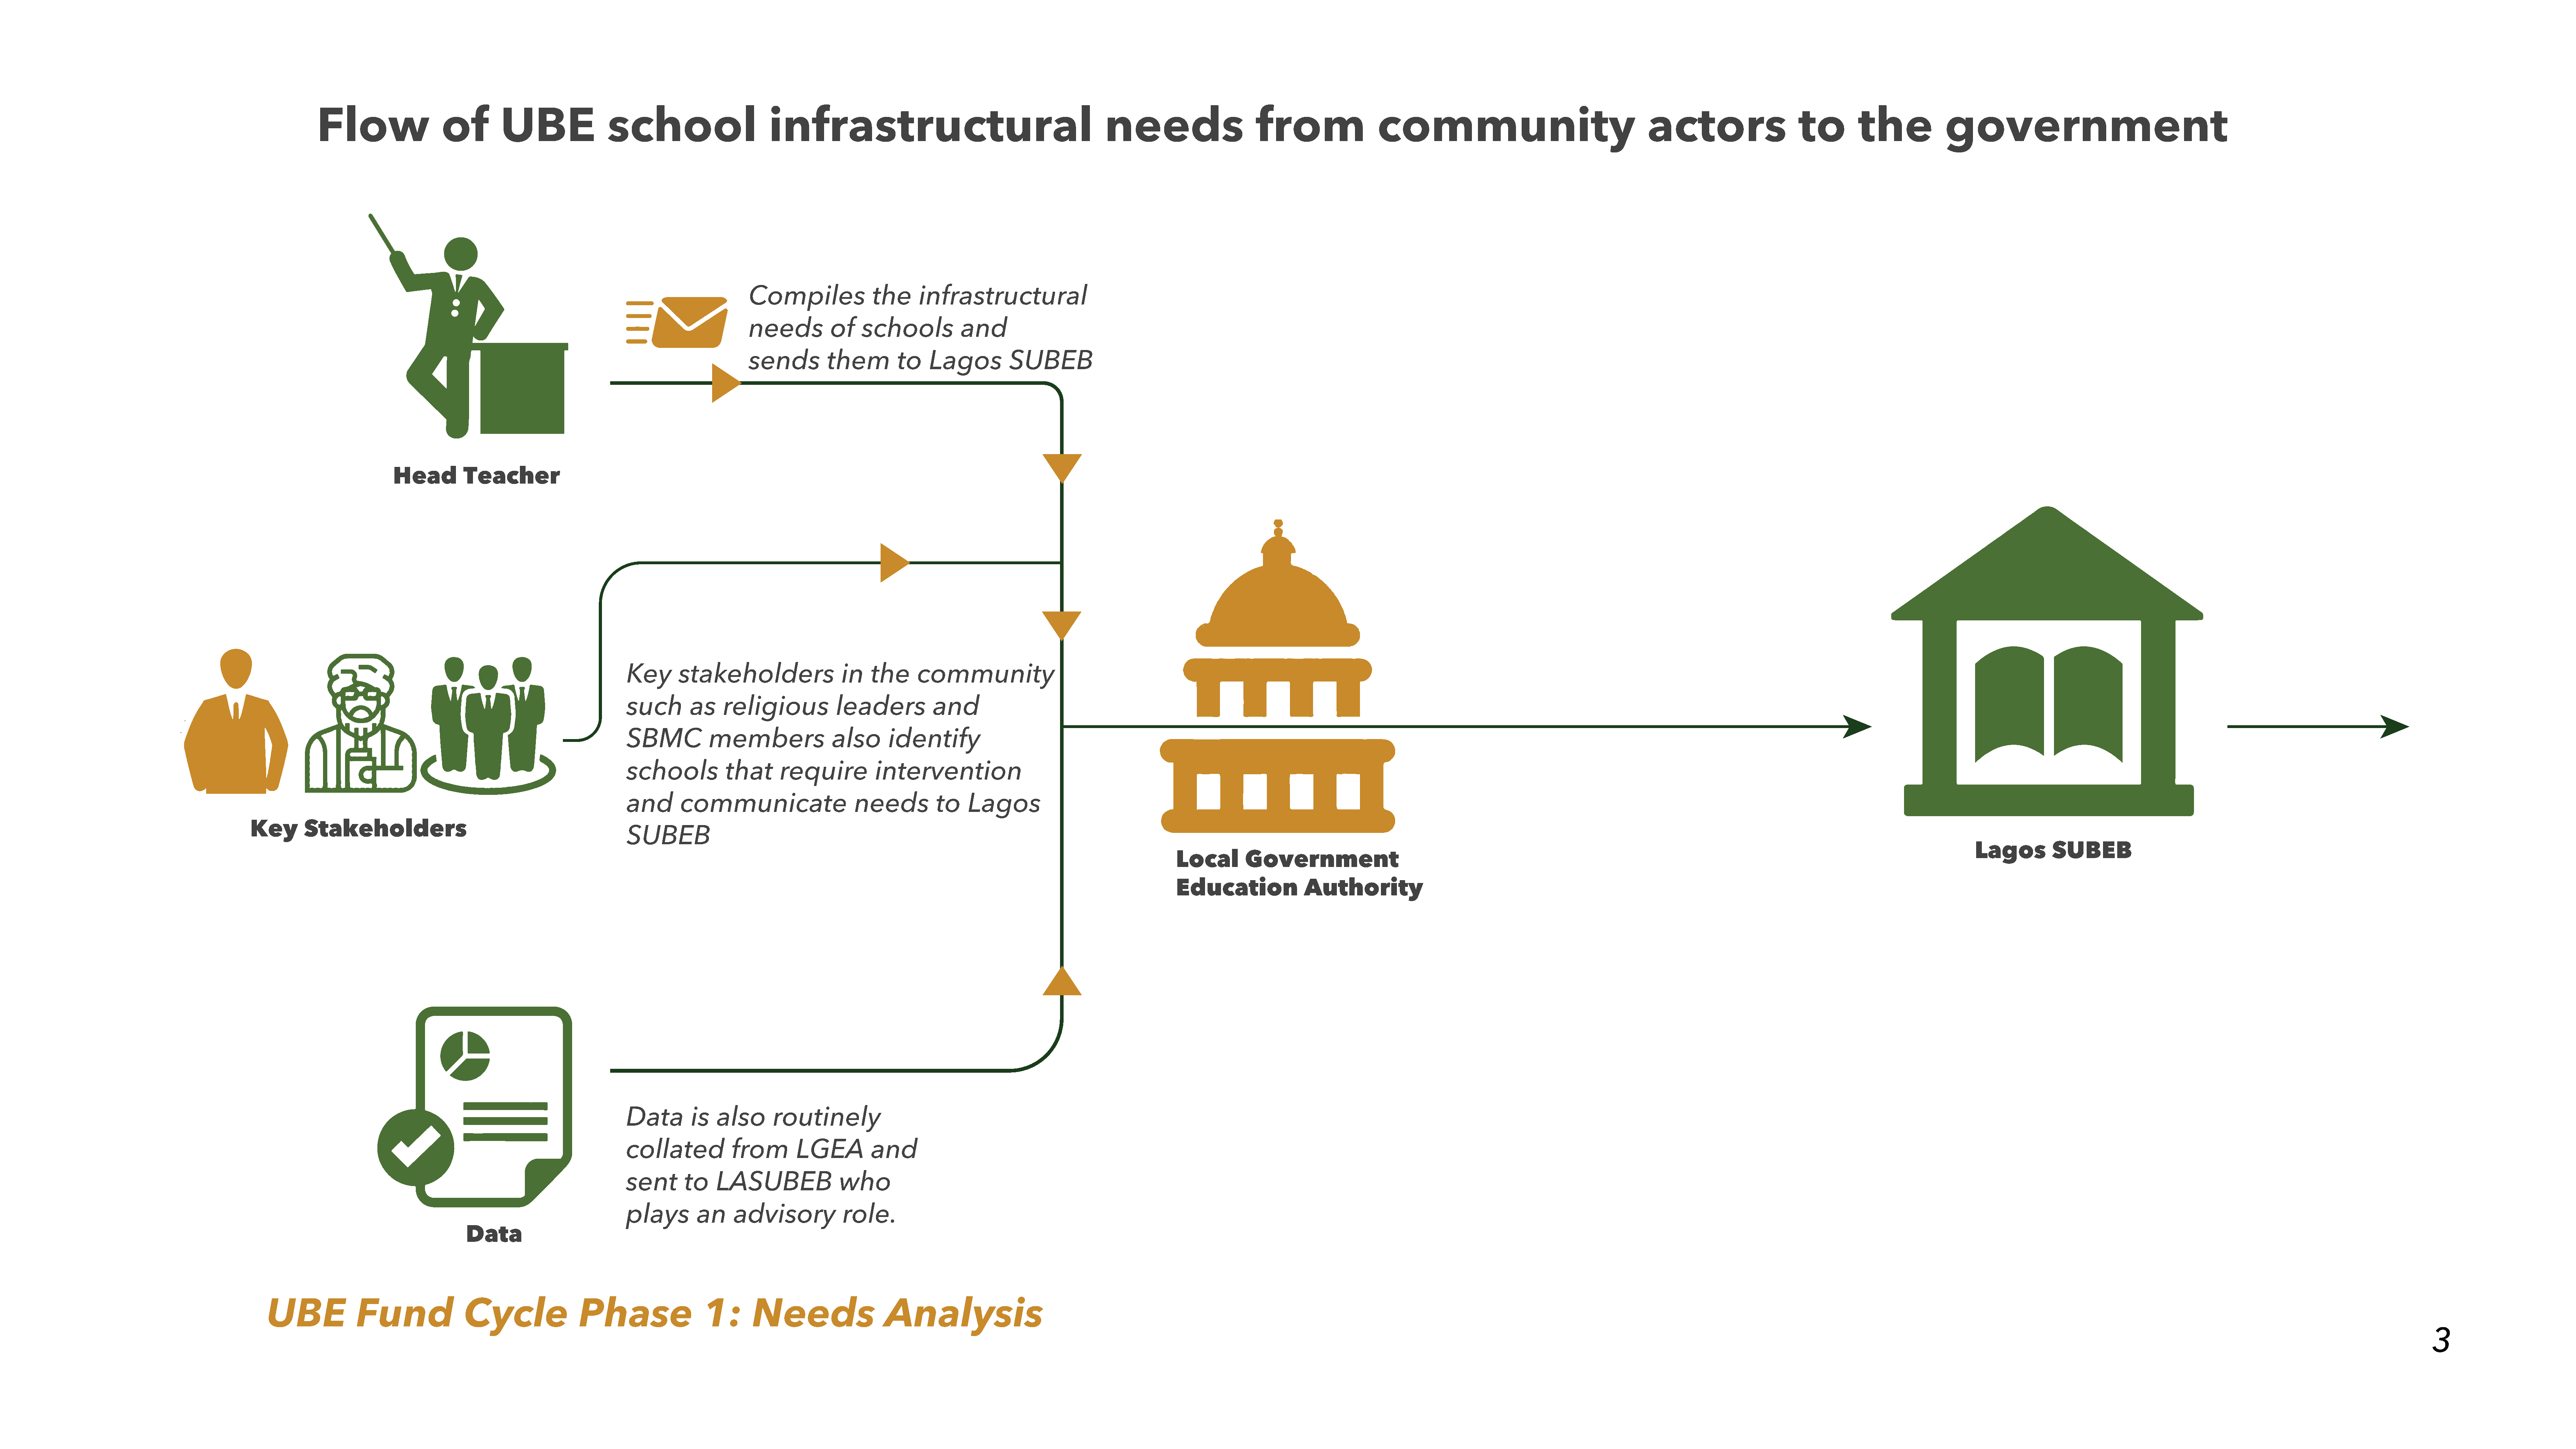
Flow                   of         UBE                 school                        infrastructural                                                needs                       from                   community                                         actors                      to         the             government
 Compiles                the     infrastructural
 needs           of    schools           and
 sends          them         to    Lagos          SUBEB
 Head         Teacher
 Key      stakeholders                   in   the      community
 such        as    religious            leaders           and
 SBMC           members                also      identify
 schools           that      require           intervention
 and       communicate                     needs          to    Lagos
 Key       Stakeholders
 SUBEB
 Lagos         SUBEB
 Local        Government
 Education               Authority
 Data        is  also       routinely
 collated           from        LGEA          and
 sent      to    LASUBEB                who
 plays        an     advisory            role.
 Data
 UBE             Fund                Cycle                 Phase                  1:       Needs                    Analysis
 3